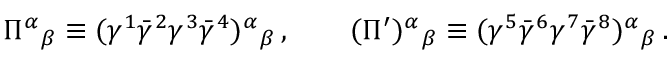
\Pi ^ { \alpha } { } _ { \beta } \equiv ( \gamma ^ { 1 } \bar { \gamma } ^ { 2 } \gamma ^ { 3 } \bar { \gamma } ^ { 4 } ) ^ { \alpha } { } _ { \beta } \, , \qquad ( \Pi ^ { \prime } ) ^ { \alpha } { } _ { \beta } \equiv ( \gamma ^ { 5 } \bar { \gamma } ^ { 6 } \gamma ^ { 7 } \bar { \gamma } ^ { 8 } ) ^ { \alpha } { } _ { \beta } \, .